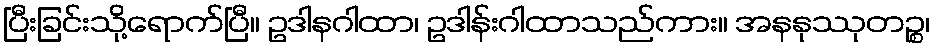
ပြီးခြင်းသို့ရောက်ပြီ။ ဥဒါနဂါထာ၊ ဥဒါန်းဂါထာသည်ကား။ အနနုဿုတဉ္စ၊